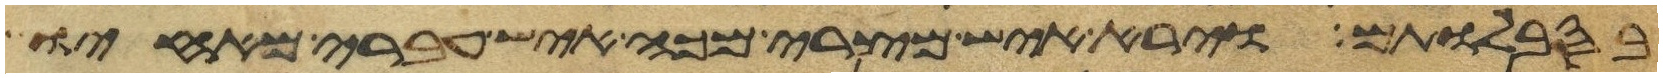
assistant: בסבלותם וירא איש מצרי מכה איש עברי מאחיו